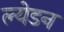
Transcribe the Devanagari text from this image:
ल्येडन